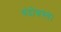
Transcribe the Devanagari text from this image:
बंदोबस्त।